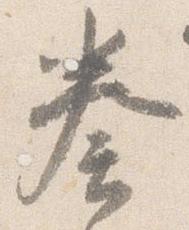
奏